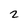
Character: 2